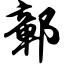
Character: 鄣